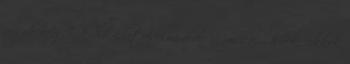
jogok Az Index.hu adatvédelmi elvei Musical - hírek, cikkek